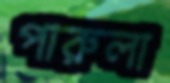
পারুলা